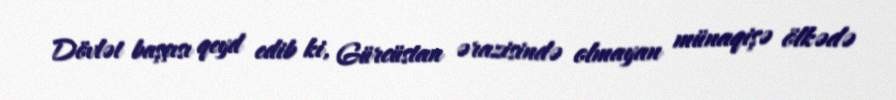
Dövlət başçısı qeyd edib ki, Gürcüstan ərazisində olmayan münaqişə ölkədə